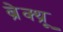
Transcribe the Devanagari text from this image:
ब्रेक्थ्रू